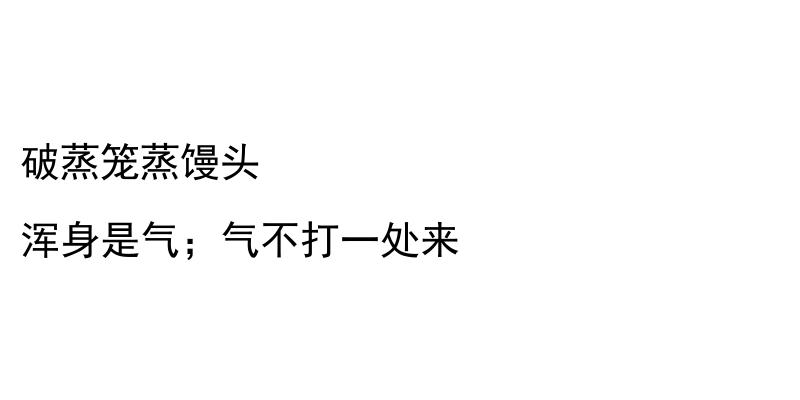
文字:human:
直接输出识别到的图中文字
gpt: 破蒸笼蒸馒头 浑身是气；气不打一处来